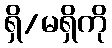
ရှိ/မရှိကို